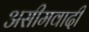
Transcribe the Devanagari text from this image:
असीमवादी